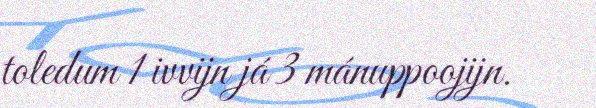
toledum 1 ivvijn já 3 mánuppoojijn.